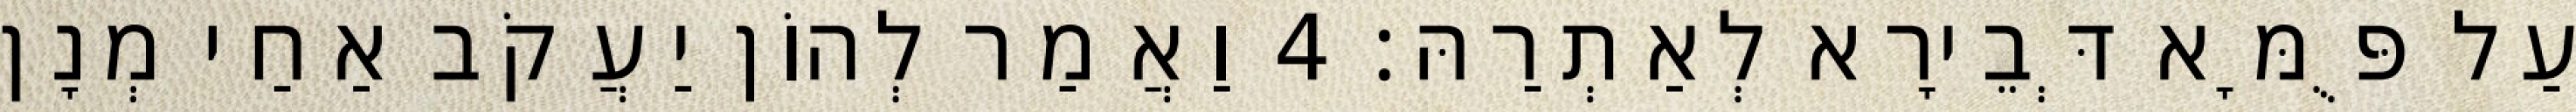
עַל פֻּמָּא דְּבֵירָא לְאַתְרַהּ׃ 4 וַאֲמַר לְהוֹן יַעֲקֹב אַחַי מְנָן